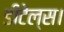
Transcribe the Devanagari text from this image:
डीटेल्स।